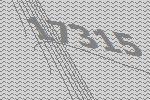
17315